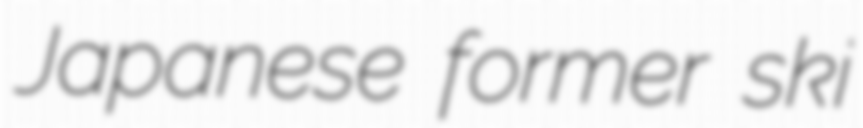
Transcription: Japanese former ski